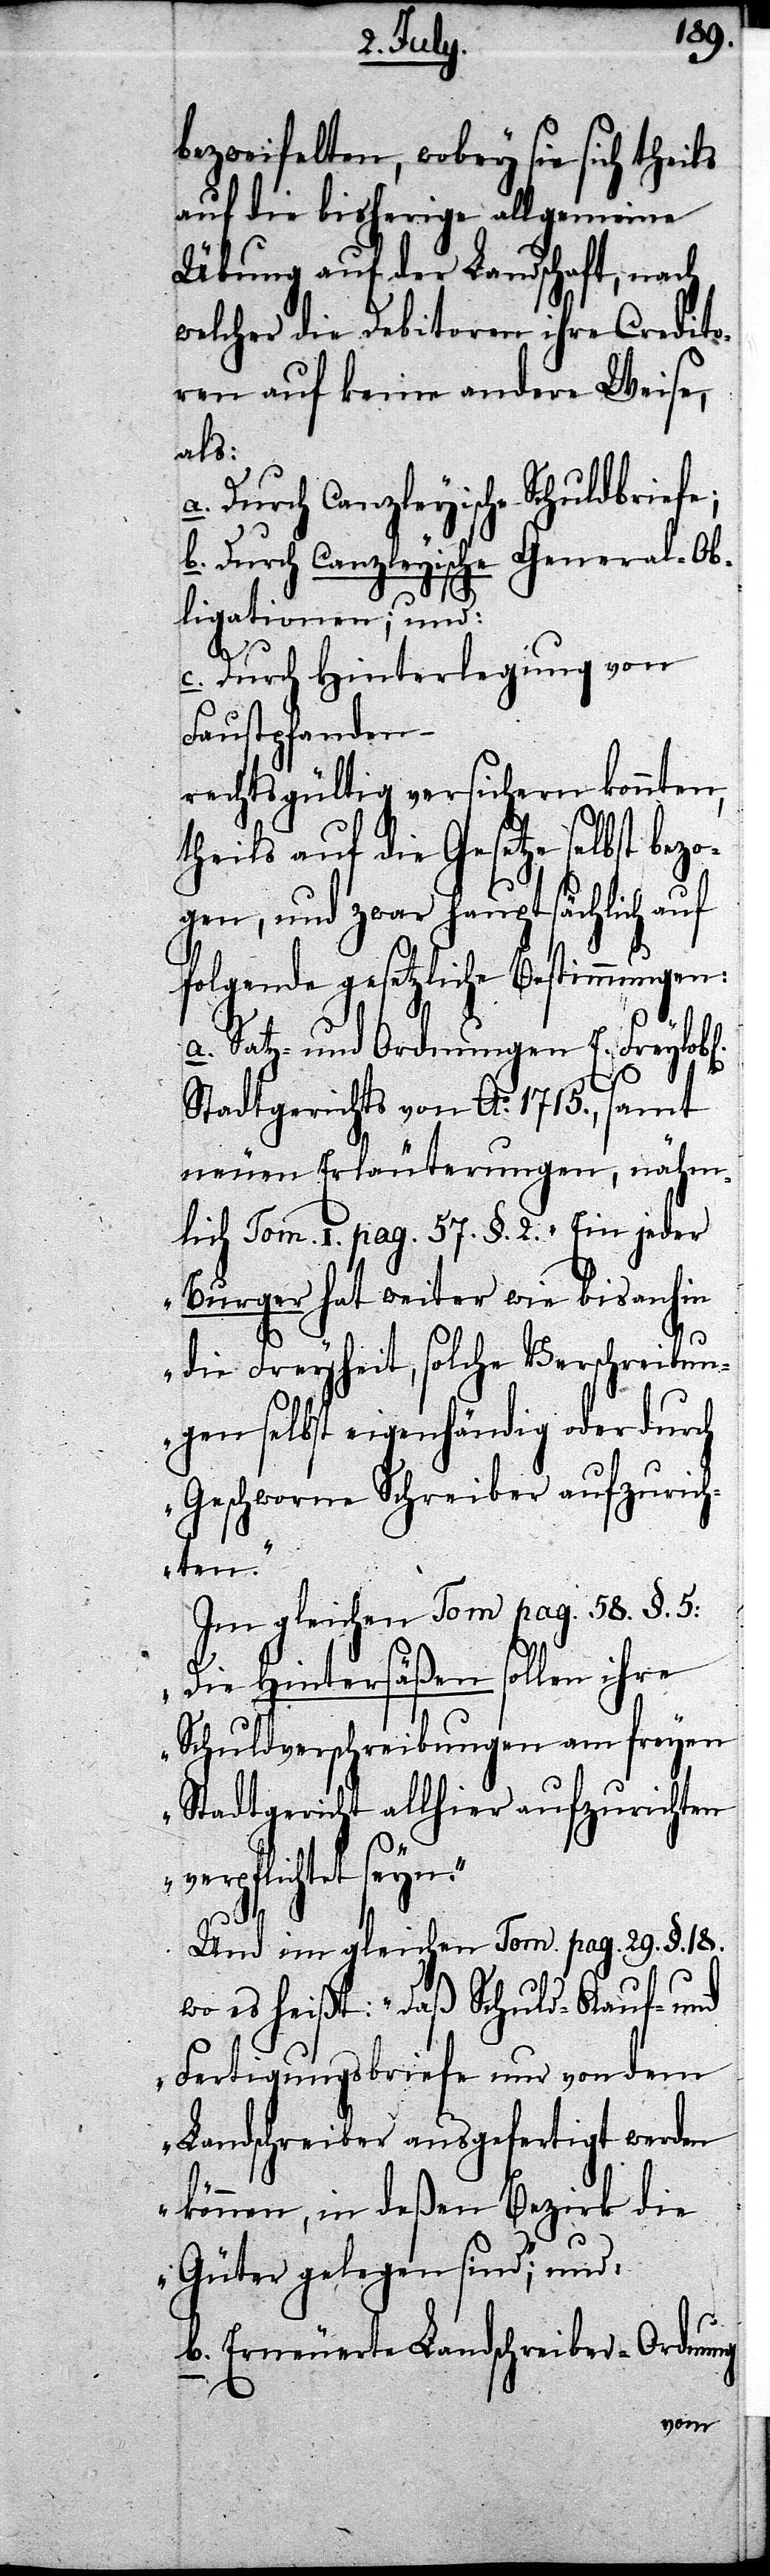
bezweifelten, wobey sie sich theils
auf die bisherige allgemeine
Übung auf der Landschaft, nach
welcher die Debitoren, ihre Credito¬
ren auf keine andere Weise,
als:
a. Durch Canzleyische Schuldbriefe;
b. Durch Canzleyische General-Ob¬
ligationen; und:
c. Durch Hinterlegung von
Faustpfanden
rechtsgültig versichern könnten,
theils auf die Gesetze selbst bez¬
ogen, und zwar hauptsächlich auf
folgende gesetzliche Bestimmungen:
a. Satz- und Ordnungen E. Freylob¬
l[ichen]
Stadtgerichts von Ao. 1715., samt
neuen Erläuterungen, nähm¬
lich Tom. I. pag. 57. §. 2 „Ein jeder
Burger hat weiter wie bis anhin
die Freyheit, solche Verschreibun¬
gen selbst eigenhändig oder durch
Geschworne Schreiber auszurich¬
ten.“
Im gleichen Tom. pag. 58. §. 5:
„Die Hintersäßen sollen ihre
Schuldverschreibungen am freyen
Stadtgericht allhier aufzurichten
verpflichtet seyn.“
Und im gleichen Tom. pag. 29. §. 18.
wo es heißt: „Daß Schuld- Kauf- und
Fertigungsbriefe nur von dem
Landschreiber ausgefertigt werden
können, in deßen Bezirk die
Güter gelegen sind“; und:
b. Erneuerte Landschreiber-Ordnung